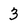
Character: 3